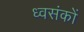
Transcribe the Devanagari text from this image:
ध्वसंकों